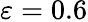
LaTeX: \varepsilon=0.6